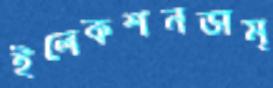
ইলেকশনডাম্